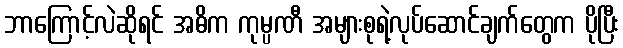
ဘာကြောင့်လဲဆိုရင် အဓိက ကုမ္ပဏီ အများစုရဲ့လုပ်ဆောင်ချက်တွေက ပိုပြီး